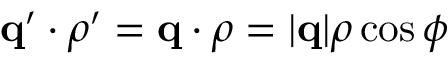
\mathbf { q } ^ { \prime } \cdot \boldsymbol { \rho } ^ { \prime } = \mathbf { q } \cdot \boldsymbol { \rho } = | \mathbf { q } | \rho \cos \phi